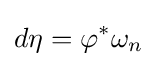
d\eta =\varphi ^{*}\omega _{n}